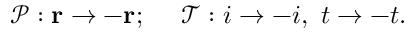
\mathcal { P } : { \mathbf { r } } \rightarrow - { \mathbf { r } } ; \quad ~ \mathcal { T } : i \rightarrow - i , \, \, t \rightarrow - t .